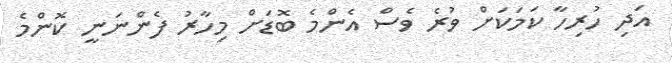
އަދި ހުރިހާ ކަމަކަށް ވުރެ ވެސް އެންމެ ބޮޑަށް މިހާރު ފެންނަނީ ކޮންމެ